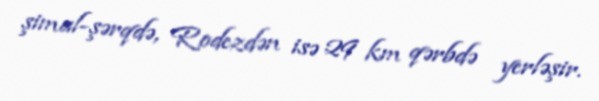
şimal-şərqdə, Rodezdən isə 29 km qərbdə yerləşir.